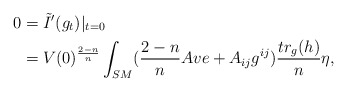
\begin{align*}0&=\tilde{I}'(g_t)|_{t=0}\\&=V(0)^{\frac{2-n}{n}}\int_{SM}(\frac{2-n}{n}Ave+A_{ij}g^{ij})\frac{tr_g(h)}{n}\eta,\end{align*}